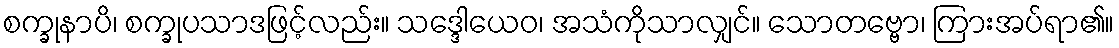
စက္ခုနာပိ၊ စက္ခုပသာဒဖြင့်လည်း။ သဒ္ဒေါယေဝ၊ အသံကိုသာလျှင်။ သောတဗ္ဗော၊ ကြားအပ်ရာ၏။